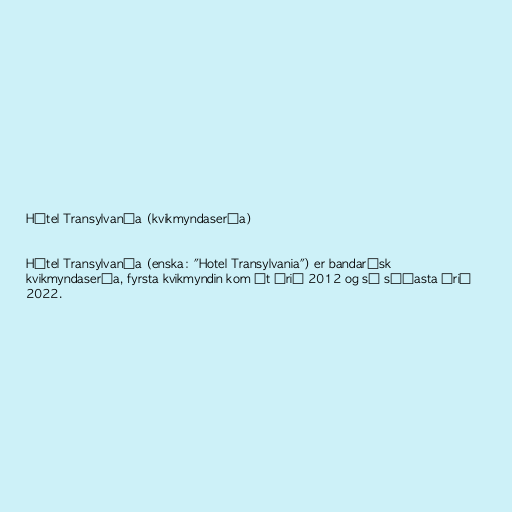
Hótel Transylvanía (kvikmyndasería)

Hótel Transylvanía (enska: "Hotel Transylvania") er bandarísk
kvikmyndasería, fyrsta kvikmyndin kom út árið 2012 og sú síðasta árið
2022.